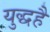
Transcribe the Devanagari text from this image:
युद्धहै